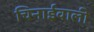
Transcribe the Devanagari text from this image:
चिनाईवाली